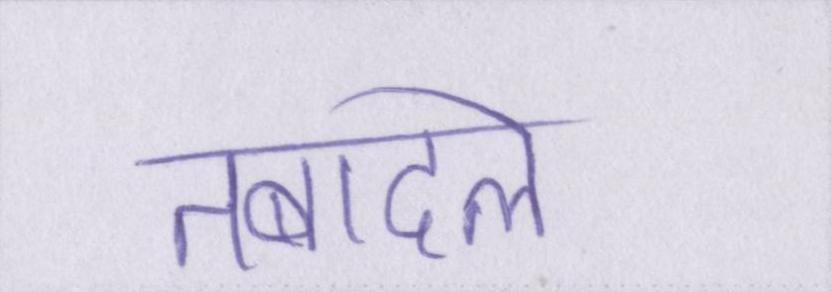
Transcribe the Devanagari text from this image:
तबादले